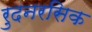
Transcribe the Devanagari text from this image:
रुदनरसिक